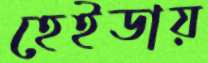
হেইডায়